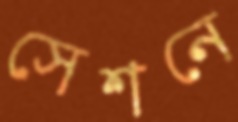
সেশনে